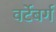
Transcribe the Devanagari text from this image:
वर्टेबर्ग